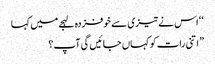
‘ ‘ اس نے تیزی سے خوفزدہ لہجے میں کہا
” اتنی رات کو کہاں جائیں گی آپ؟